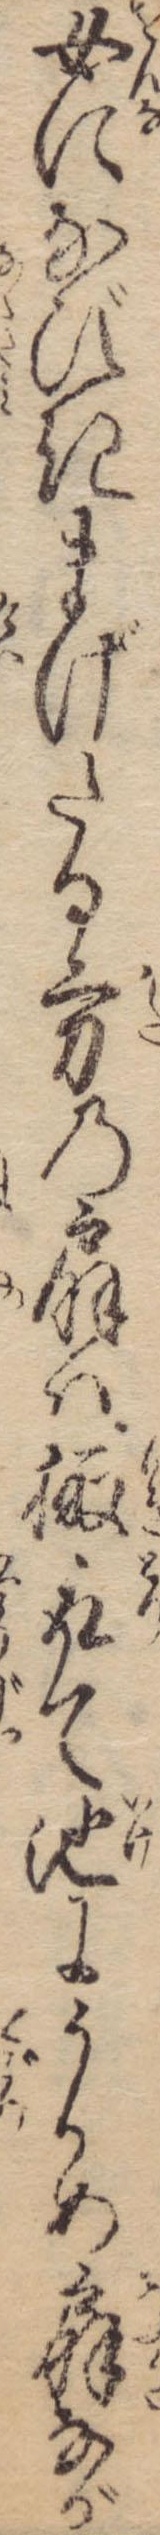
女になびきまげたる方の扇は掫取て池にうかめ扇なが